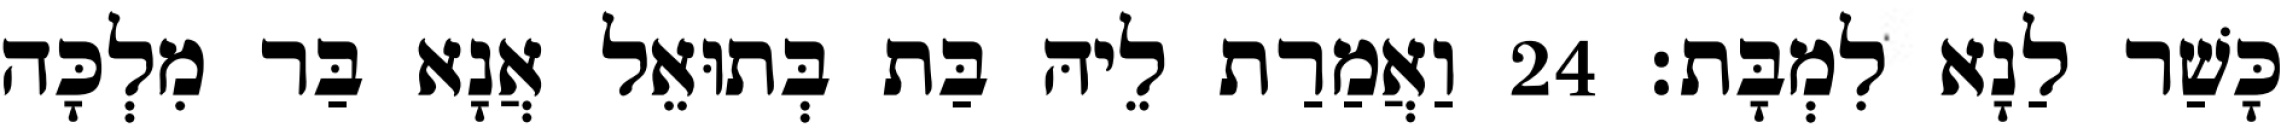
כָּשַׁר לַנָא לִמְבָּת׃ 24 וַאֲמַרַת לֵיהּ בַּת בְּתוּאֵל אֲנָא בַּר מִלְכָּה